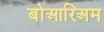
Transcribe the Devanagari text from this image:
बोआरिअम